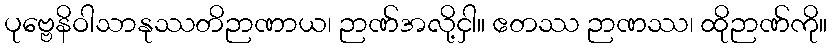
ပုဗ္ဗေနိဝါသာနုဿတိဉာဏာယ၊ ဉာဏ်အလို့ငှါ။ ဧတဿ ဉာဏဿ၊ ထိုဉာဏ်ကို။